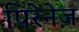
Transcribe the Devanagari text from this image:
पिरेनेज़